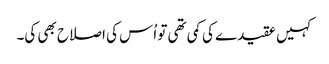
کہیں عقیدے کی کمی تھی تو اُس کی اصلاح بھی کی۔